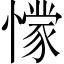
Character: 𭞾